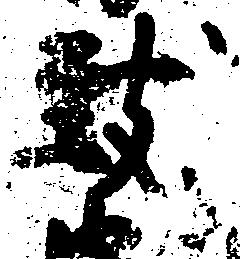
致